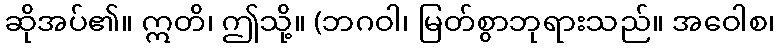
ဆိုအပ်၏။ ဣတိ၊ ဤသို့။ (ဘဂဝါ၊ မြတ်စွာဘုရားသည်။ အဝေါစ၊